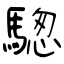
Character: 騘